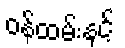
ဝန်ထမ်းနှင့်